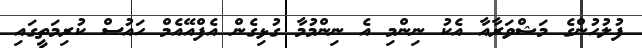
ފުލުހުންގެ މަޝްވަރާއާ އެކު ނިންމި އެ ނިންމުމާ ގުޅިގެން އެފްއޭއެމް ހައުސް ކުރިމަތީގައި